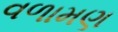
વળામણ